Vaccination report Assam 1896-1927 - 1896-1927
Year: 1896
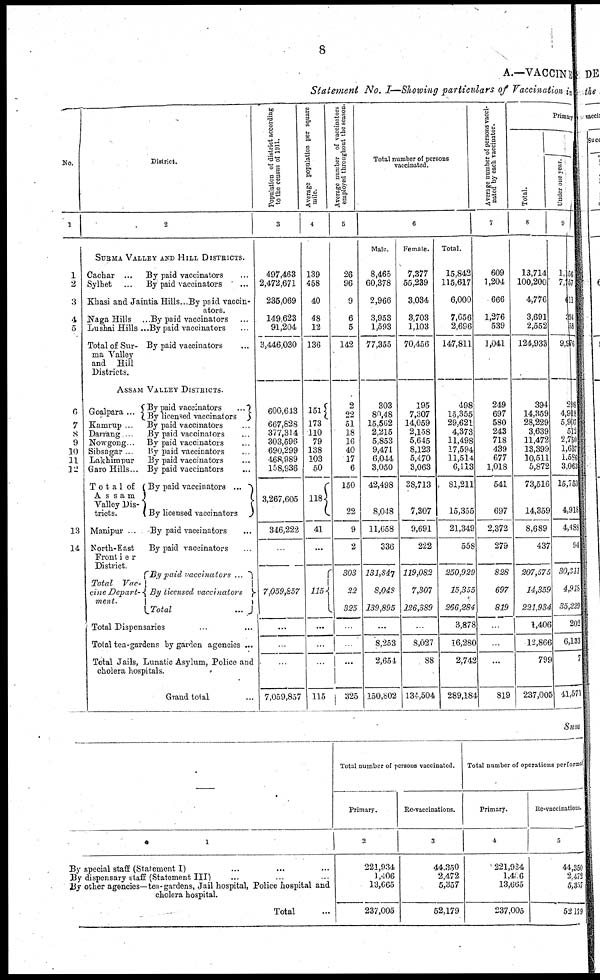
8
A.—VACCINE
Statement No. I— Showing particulars of Vaccination in
No.
1
1
2
3
4
5
6
7
8
9
10
11
12
13
14
District.
2
SURMA VALLEY AND HILL DISTRICTS.
Cachar ...
Sylhet ...
By paid vaccinators ...
By paid Vaccinators ...
Khasi and Jaintia Hills...By paid vaccin-
ators.
Naga Hills ...
Lushai Hills ...
Total of Sur-
ma Valley
and Hill
Districts.
By paid vaccinators ...
By paid vaccinators ...
By paid vaccinators ...
ASSAM VALLEY DISTRICTS.
Goalpara ...
Kamrup ...
Darning ...
Nowgong ...
Sibsagar .
Lakhirapur
Garo Hills...
T o t a 1 of
Assam
Valley Dis-
tricts.
Manipur . .
North-East
Front i e r
District.
Total Vac-
cine Depart-
ment.
By paid vaccinators
...
By licensed vaccinators
By paid vaccinators ...
By paid vaccinators ...
By paid vaccinators ...
By paid vaccinators ...
By paid vaccinators ...
By paid vaccinators ...
By paid vaccinators ...
By licensed vaccinators
By paid vaccinators ...
By paid vaccinators .
Bypaid vaccinators ...
By licensed vaccinators
Total
...
Total Dispensaries
Total tea-gardens by garden agencies ...
Total Jails, Lunatic Asylum, Police and
cholera hospitals.
Grand total ...
Population of district according
to the census of 1911.
3
497,463
2,472,671
235,069
149,623
91,204
3,446,030
600,643
667,828
377,314
303,596
690,299
468,989
158,936
3,267,605
346,222
...
7,059,857
...
...
...
7,059,857
Average population per square
mile.
4
139
458
40
48
12
136
151
173
110
79
138
103
50
118
41
...
115
...
...
...
115
Average number of vaccinators
employed throughout the season.
5
26
96
9
6
5
142
2
22
51
18
16
40
17
6
150
22
9
2
303
22
325
...
...
...
325
Total number of persons
vaccinated.
6
Male.
8,465
60,378
2,966
3,953
1,593
77,355
303
80,48
15,562
2,215
5,853
9,471
6,044
3,050
42,498
8,048
11,658
336
131,847
8,048
139,895
...
8,253
2,654
150,802
Female.
7,377
55,239
3,034
3,703
1,103
70,456
195
7,307
14,059
2,158
5,645
8,123
5,470
3,063
38,713
7,307
9,691
222
119,082
7,307
226,389
...
8,027
88
134,504
Total.
15,842
115,617
6,000
7,656
2,696
147,811
498
15,355
29,621
4,373
11,498
17,594
11,514
6,113
81,211
15,355
21,349
558
250,929
15,355
266,284
3,878
16,280
2,742
289,184
Average number of persons vacci-
nated by each vaccinator.
7
609
1,204
666
1,276
539
1,041
249
697
580
243
718
439
677
1,018
541
697
2,372
279
828
697
819
...
.
...
819
Primary
Total.
8
13,714
100,200
4,776
3,691
2,552
124,933
394
14,359
28,229
3,639
11,472
13,399
10,511
5,872
73,516
14,359
8,689
437
207,575
14,359
221,934
1,406
12,866
799
237,005
Under one year.
9
1,156
7,157
611
394
58
9,976
208
4,918
5,907
512
2,750
1,637
1,586
3,063
15,753
4,918
4,488
94
30,311
4,918
35,229
202
6,133
7
41,571
Sum
1
By special staff (Statement I) ... ... ...
By dispensary staff (Statement III) ... ... ...
By other agencies—tea-gardens, Jail hospital, Police hospital and
cholera hospital.
Total ...
Total number of persons vaccinated.
Primary.
2
221,934
1,406
13,665
237,005
Re-vaccinations.
3
44,350
2,472
5,357
52,179
Total number of operations performed
Primary.
4
221,934
1,456
13,665
237,005
Re-vaccinations.
5
44,350
2,472
5,357
52,179